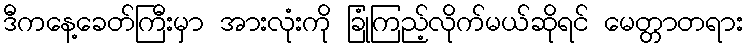
ဒီကနေ့ခေတ်ကြီးမှာ အားလုံးကို ခြုံကြည့်လိုက်မယ်ဆိုရင် မေတ္တာတရား